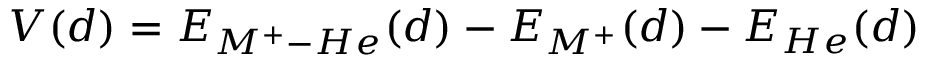
V ( d ) = E _ { M ^ { + } - H e } ( d ) - E _ { M ^ { + } } ( d ) - E _ { H e } ( d )